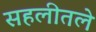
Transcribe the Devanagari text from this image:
सहलीतले